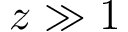
z \gg 1